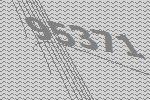
95371